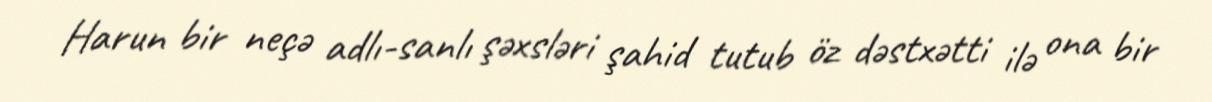
Harun bir neçə adlı-sanlı şəxsləri şahid tutub öz dəstxətti ilə ona bir